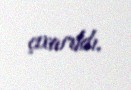
çıxarıldı.